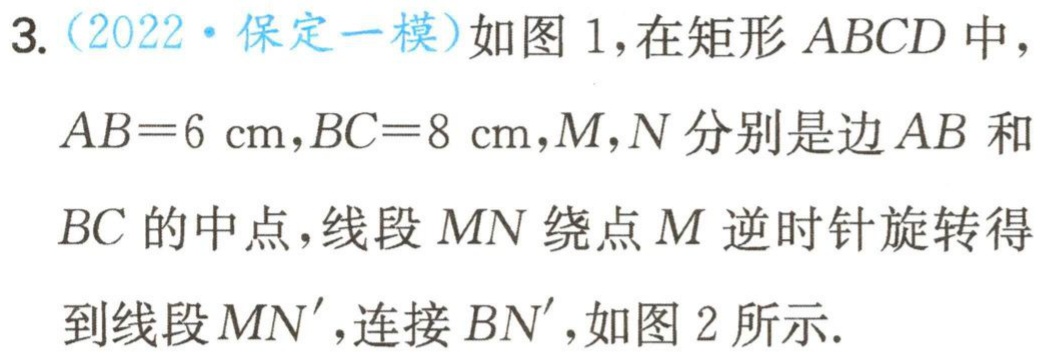
3.（2022·保定一模）如图1，在矩形 \(ABCD\) 中，\(AB = 6\mathrm{cm}\)，\(BC = 8\mathrm{cm}\)，\(M,N\) 分别是边 \(AB\) 和 \(BC\) 的中点，线段 \(MN\) 绕点 \(M\) 逆时针旋转得到线段 \(MN'\)，连接 \(BN'\)，如图2所示.